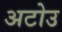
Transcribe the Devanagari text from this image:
अटोउ